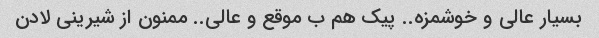
بسیار عالی و خوشمزه.. پیک هم ب موقع و عالی.. ممنون از شیرینی لادن